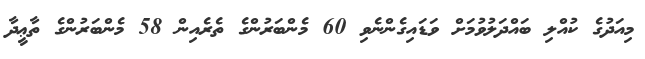
މިއަދުގެ ކުއްލި ބައްދަލުވުމަށް ވަޑައިގެންނެވި 60 މެންބަރުންގެ ތެރެއިން 58 މެންބަރުންގެ ތާޢީދާ